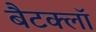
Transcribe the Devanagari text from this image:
बैटक्लॉ